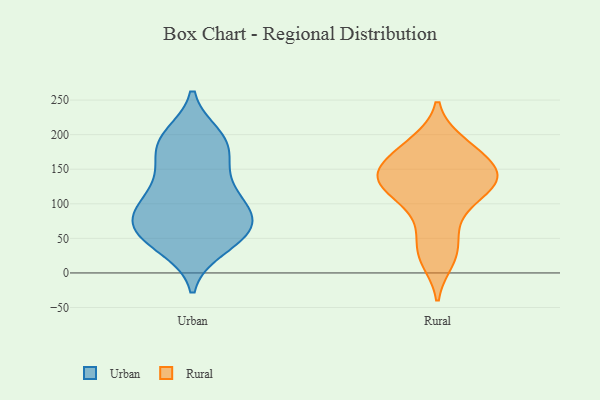
{"axis": {"x": "Churn Rate (%)", "y": "Value"}, "legend": ["Rural", "Urban"], "data": [{"x": "", "y": 123, "type": "Urban"}, {"x": "", "y": 56, "type": "Urban"}, {"x": "", "y": 41, "type": "Urban"}, {"x": "", "y": 71, "type": "Urban"}, {"x": "", "y": 93, "type": "Urban"}, {"x": "", "y": 70, "type": "Urban"}, {"x": "", "y": 150, "type": "Urban"}, {"x": "", "y": 47, "type": "Urban"}, {"x": "", "y": 72, "type": "Urban"}, {"x": "", "y": 69, "type": "Urban"}, {"x": "", "y": 191, "type": "Urban"}, {"x": "", "y": 36, "type": "Urban"}, {"x": "", "y": 107, "type": "Urban"}, {"x": "", "y": 198, "type": "Urban"}, {"x": "", "y": 139, "type": "Urban"}, {"x": "", "y": 174, "type": "Urban"}, {"x": "", "y": 99, "type": "Urban"}, {"x": "", "y": 87, "type": "Urban"}, {"x": "", "y": 189, "type": "Urban"}, {"x": "", "y": 190, "type": "Urban"}, {"x": "", "y": 122, "type": "Rural"}, {"x": "", "y": 133, "type": "Rural"}, {"x": "", "y": 18, "type": "Rural"}, {"x": "", "y": 80, "type": "Rural"}, {"x": "", "y": 188, "type": "Rural"}, {"x": "", "y": 189, "type": "Rural"}, {"x": "", "y": 121, "type": "Rural"}, {"x": "", "y": 160, "type": "Rural"}, {"x": "", "y": 142, "type": "Rural"}, {"x": "", "y": 106, "type": "Rural"}, {"x": "", "y": 51, "type": "Rural"}, {"x": "", "y": 141, "type": "Rural"}, {"x": "", "y": 132, "type": "Rural"}, {"x": "", "y": 27, "type": "Rural"}, {"x": "", "y": 154, "type": "Rural"}, {"x": "", "y": 168, "type": "Rural"}]}